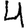
Digit: 4